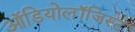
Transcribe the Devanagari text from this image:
ऑडियोलॉजिस्ट